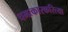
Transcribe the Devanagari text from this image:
चमत्कारकरित्या